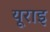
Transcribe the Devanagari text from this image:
यूराइ